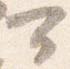
可